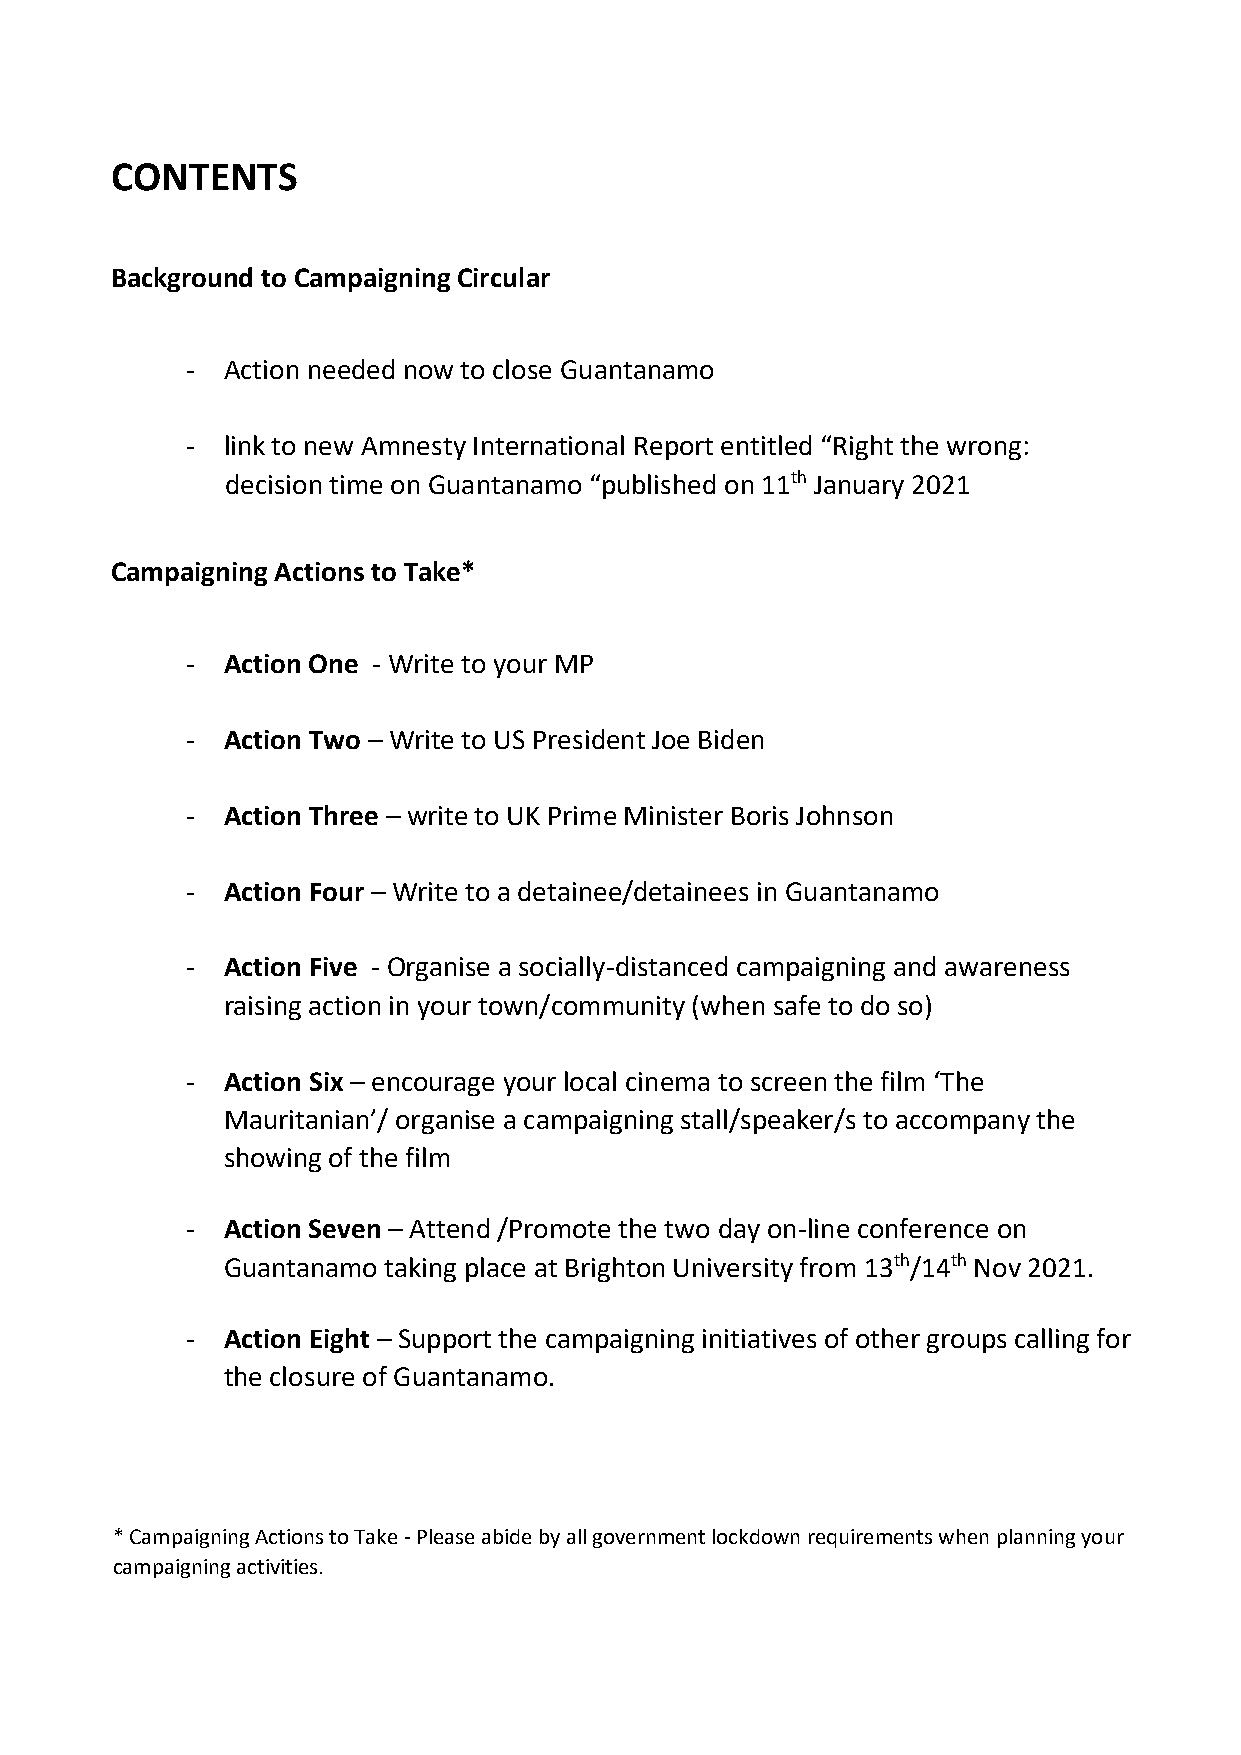
CONTENTS
 Background to Campaigning Circular
 -  Action needed now to close Guantanamo
 -  link to new Amnesty International Report entitled “Right the wrong:
 decision time on Guantanamo “published on 11th January 2021
 Campaigning Actions to Take*
 -  Action One - Write to your MP
 -  Action Two – Write to US President Joe Biden
 -  Action Three – write to UK Prime Minister Boris Johnson
 -  Action Four – Write to a detainee/detainees in Guantanamo
 -  Action Five - Organise a socially-distanced campaigning and awareness
 raising action in your town/community (when safe to do so)
 -  Action Six – encourage your local cinema to screen the film ‘The
 Mauritanian’/ organise a campaigning stall/speaker/s to accompany the
 showing of the film
 -  Action Seven – Attend /Promote the two day on-line conference on
 Guantanamo taking place at Brighton University from 13th/14th Nov 2021.
 -  Action Eight – Support the campaigning initiatives of other groups calling for
 the closure of Guantanamo.
 * Campaigning Actions to Take - Please abide by all government lockdown requirements when planning your
 campaigning activities.